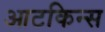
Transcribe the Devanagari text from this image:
आटकिन्स